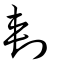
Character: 刺